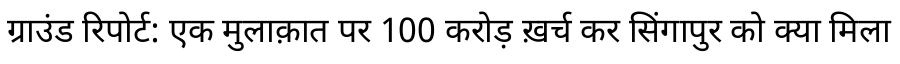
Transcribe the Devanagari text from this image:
ग्राउंड रिपोर्ट: एक मुलाक़ात पर 100 करोड़ ख़र्च कर सिंगापुर को क्या मिला